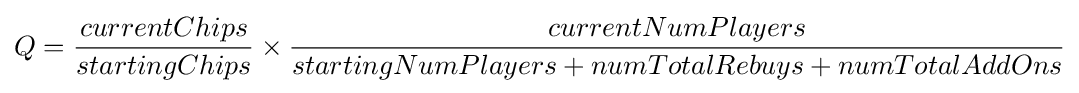
Q={\frac {currentChips}{startingChips}}\times {\frac {currentNumPlayers}{startingNumPlayers+numTotalRebuys+numTotalAddOns}}